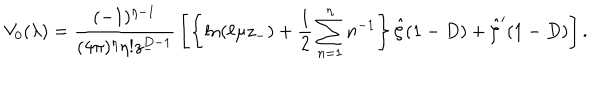
LaTeX: V _ { 0 } ( \lambda ) = { \frac { ( - 1 ) ^ { \eta - 1 } } { ( 4 \pi ) ^ { \eta } \eta ! z _ { - } ^ { D - 1 } } } \left[ \left\{ \ln ( \ell \mu z _ { - } ) + { \frac { 1 } { 2 } } \sum _ { n = 1 } ^ { \eta } n ^ { - 1 } \right\} \hat { \zeta } ( 1 - D ) + \hat { \zeta } ^ { \prime } ( 1 - D ) \right] .